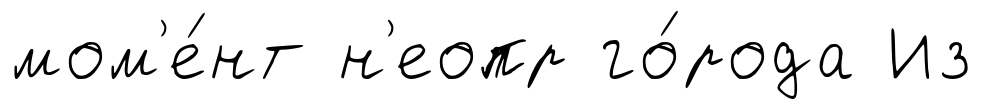
мом'е́нт н'еопр го́рода Из